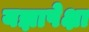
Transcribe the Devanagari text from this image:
यज्ञापेक्षा